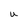
Character: U